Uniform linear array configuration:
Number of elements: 64
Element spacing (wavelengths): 0.25
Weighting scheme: uniform
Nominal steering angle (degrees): -45
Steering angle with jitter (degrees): -46.875
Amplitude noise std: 0.05
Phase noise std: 0.05

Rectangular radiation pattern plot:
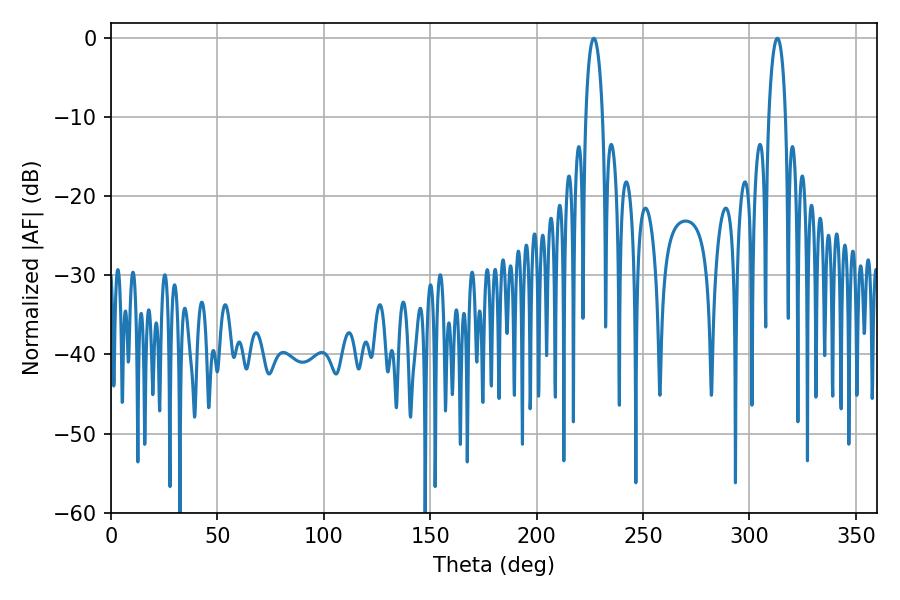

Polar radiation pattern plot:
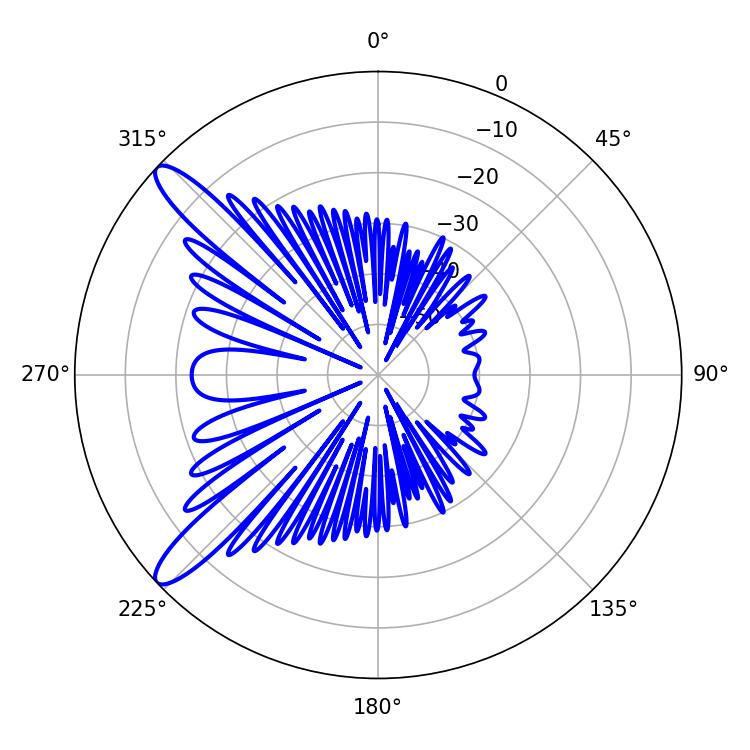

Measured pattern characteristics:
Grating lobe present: FALSE
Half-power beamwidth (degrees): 4.5
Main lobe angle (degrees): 226.8